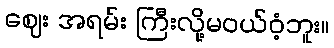
ဈေး အရမ်း ကြီးလို့မဝယ်ဝံ့ဘူး။